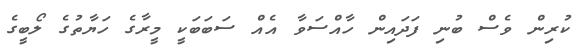
ކުރިން ވެސް ބުނި ފަދައިން ހާއްސަވާ އެއް ސަބަބަކީ މީރާގެ ހަޔާތުގެ ލޯބީގެ